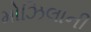
મોઝિલાની